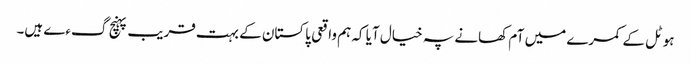
ہوٹل کے کمرے میں آم کھانے پہ خیال آیا کہ ہم واقعی پاکستان کے بہت قریب پہنچ گءے ہیں۔